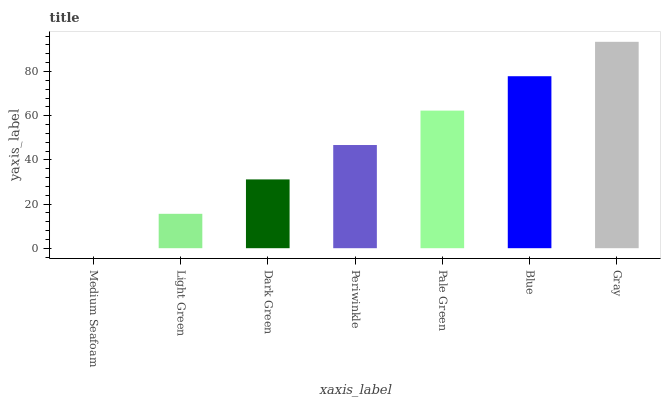
| xaxis_label | bars |
 | --- | --- |
 | Medium Seafoam | 0 |
 | Light Green | 15.6 |
 | Dark Green | 31.1 |
 | Periwinkle | 46.7 |
 | Pale Green | 62.3 |
 | Blue | 77.9 |
 | Gray | 93.4 |